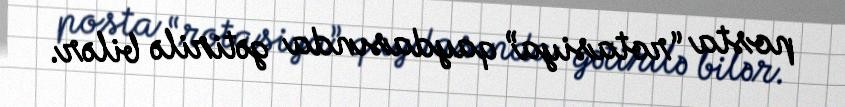
posta “rotasiya” qaydasında gətirilə bilər.